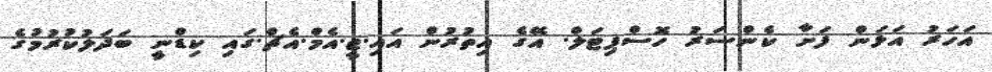
އަހަރު އަޅަން ފަށާ ކެންސަރު ހޮސްޕިޓަލް. އޭގެ އިތުރުން އައި.ޖީ.އެމް.އެޗް.ގައި ކިޑްނީ ބަދަލުކުރުމުގެ